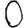
Digit: 0